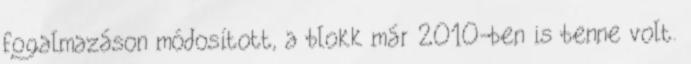
fogalmazáson módosított, a blokk már 2010-ben is benne volt.